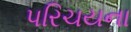
પરિચયના